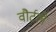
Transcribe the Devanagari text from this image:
वौर्टले